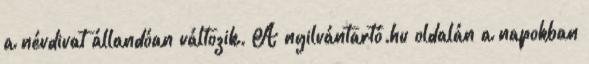
a névdivat állandóan változik. A nyilvántartó.hu oldalán a napokban